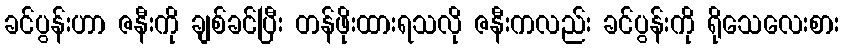
ခင်ပွန်းဟာ ဇနီးကို ချစ်ခင်ပြီး တန်ဖိုးထားရသလို ဇနီးကလည်း ခင်ပွန်းကို ရိုသေလေးစား